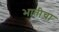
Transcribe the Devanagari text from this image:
भातीचा